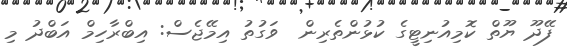
ފޭދޫ ޔޫތް ކޮމިއުނިޓީގެ ކުޅުންތެރިން  ވަގުތު އިމޭޖެސް: އިބްރާހިމް އަބްދު މި